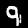
Digit: 9